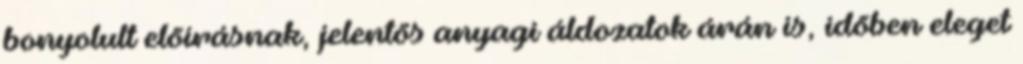
bonyolult elõírásnak, jelentõs anyagi áldozatok árán is, idõben eleget